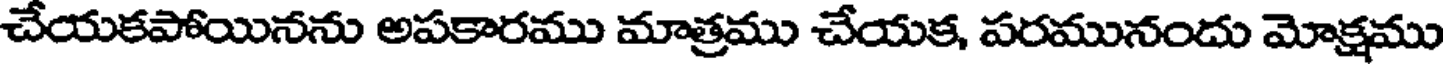
చేయకపోయినను అపకారము మాత్రము చేయక, పరమునందు మోక్షము